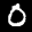
Label: 0